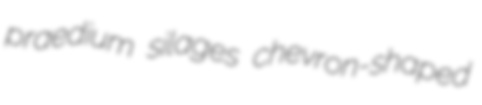
praedium silages chevron-shaped